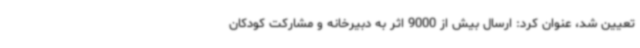
تعیین شد، عنوان کرد: ارسال بیش از 9000 اثر به دبیرخانه و مشارکت کودکان